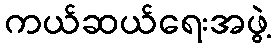
ကယ်ဆယ်ရေးအဖွဲ့